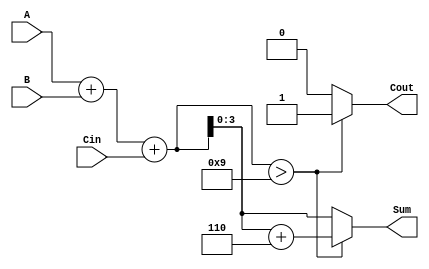
module BCD_Adder (
    input  wire [3:0] A,      // First BCD digit
    input  wire [3:0] B,      // Second BCD digit
    input  wire Cin,          // Carry input
    output reg  [3:0] Sum,    // BCD sum output
    output reg  Cout          // Carry output
);

    wire [4:0] TempSum;       // 5-bit wire to hold the initial sum

    // Step 1: Compute the initial sum
    assign TempSum = A + B + Cin;

    // Step 2: Check if TempSum exceeds BCD limit (9)
    always @(*) begin
        if (TempSum > 9) begin
            // Correction needed
            Cout = 1;                     // Set carry output
            Sum = TempSum + 6;            // Add 6 for BCD correction
        end else begin
            // No correction needed
            Cout = 0;                     // Clear carry output
            Sum = TempSum[3:0];           // Use lower 4 bits of TempSum
        end
    end

endmodule